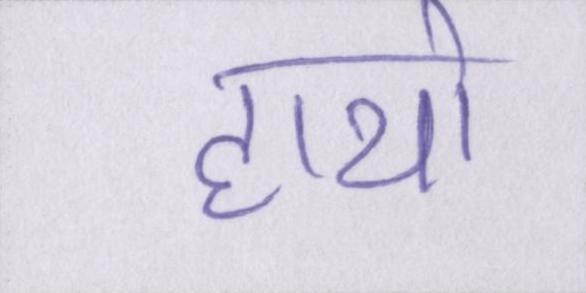
हाथो